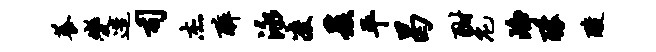
养变造司杰醉泳凌爰平曷酣庀峥醵酸